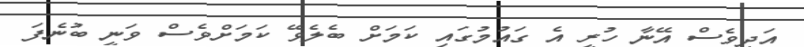
އަދިވެސް އޭނާ ހުރީ އެ ގައުމުގައި ކަމަށް ބެލެވޭ ކަމަށްވެސް ވަނީ ބުނެފަ